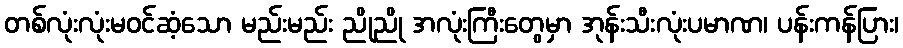
တစ်လုံးလုံးမဝင်ဆံ့သော မည်းမည်း ညိုညို အလုံးကြီးတွေမှာ အုန်းသီးလုံးပမာဏ၊ ပန်းကန်ပြား၊